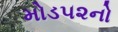
મોડ૫૨નો